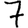
Digit: 7